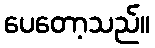
ပေတော့သည်။